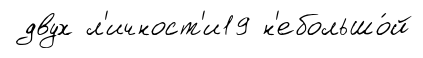
двух л'ичност'и19 н'ебольшо́й